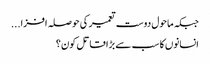
جبکہ ماحول دوست تعمیر کی حوصلہ افزا...
انسانوں کا سب سے بڑا قاتل کون؟